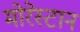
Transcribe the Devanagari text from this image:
मोरेस्टान